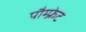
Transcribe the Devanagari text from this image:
पौम्‍फ्रेट